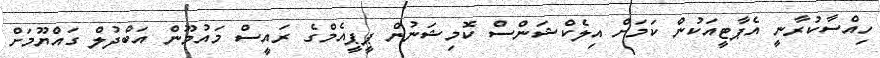
ހިއްސާކުރާނީ އެޕާޓީއަކުން ކަމަށް އިލެކްޝަންސް ކޮމިޝަނުން ޕީޕީއެމްގެ ރައީސް މައުމޫން އަބްދުލް ގައްޔޫމަށް